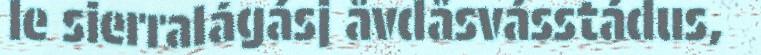
le sierralágásj åvdåsvásstádus,